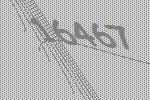
16467